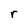
Character: r